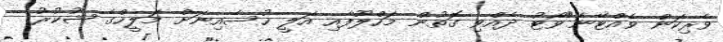
ވެރިކަން ވެއްޓޭނެ"ވޯޓު ދެއްވި ގޮތުން މަހްލޫފާއި އަލީ ހުސެއިނަށް މަލީހްގެ ޝުކުރު